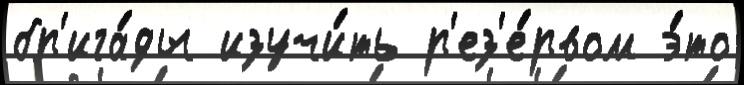
бр'ига́ды изучи́ть р'ез'е́рвом э́то